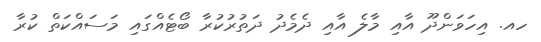
ހއ. އިހަވަންދޫ އާއި މާލެ އާއި ދެމެދު ދަތުރުކުރާ ބޯޓެއްގައި މަސައްކަތް ކުރާ